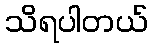
သိရပါတယ်